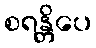
စရန္တိပေ